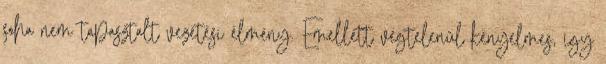
soha nem tapasztalt vezetési élmény. Emellett végtelenül kényelmes, így